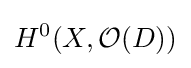
H^{0}(X,{\mathcal {O}}(D))